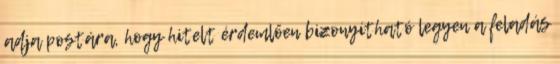
adja postára, hogy hitelt érdemlően bizonyítható legyen a feladás